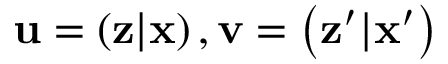
\mathbf { u } = \left( \mathbf { z } | \mathbf { x } \right) , \mathbf { v } = \left( \mathbf { z } ^ { \prime } | \mathbf { x } ^ { \prime } \right)